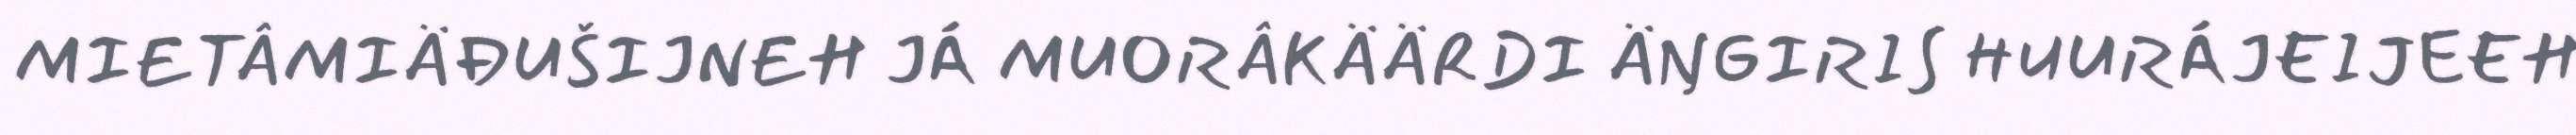
MIETÂMIÄĐUŠIJNEH JÁ MUORÂKÄÄRDI ÄŊGIRIS HUURÁJEIJEEH